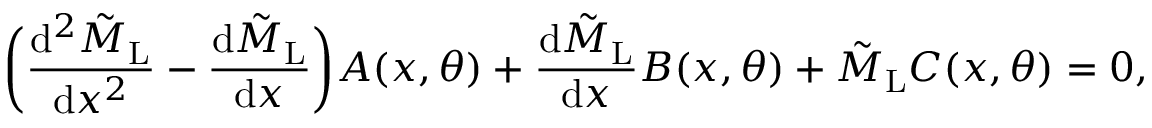
\bigg ( \frac { \mathrm { d } ^ { 2 } \tilde { M } _ { \mathrm { L } } } { \mathrm { d } x ^ { 2 } } - \frac { \mathrm { d } \tilde { M } _ { \mathrm { L } } } { \mathrm { d } x } \bigg ) A ( x , \theta ) + \frac { \mathrm { d } \tilde { M } _ { \mathrm { L } } } { \mathrm { d } x } B ( x , \theta ) + \tilde { M } _ { \mathrm { L } } C ( x , \theta ) = 0 ,